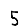
Digit: 5